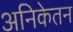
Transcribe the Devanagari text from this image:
अनिकेतन